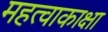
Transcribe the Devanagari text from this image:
महत्वाकाक्षा